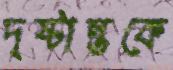
দৃষ্টান্তকে